Vaccine operations Central Provinces & Berar 1922-1929 - 1922-1929
Year: 1922
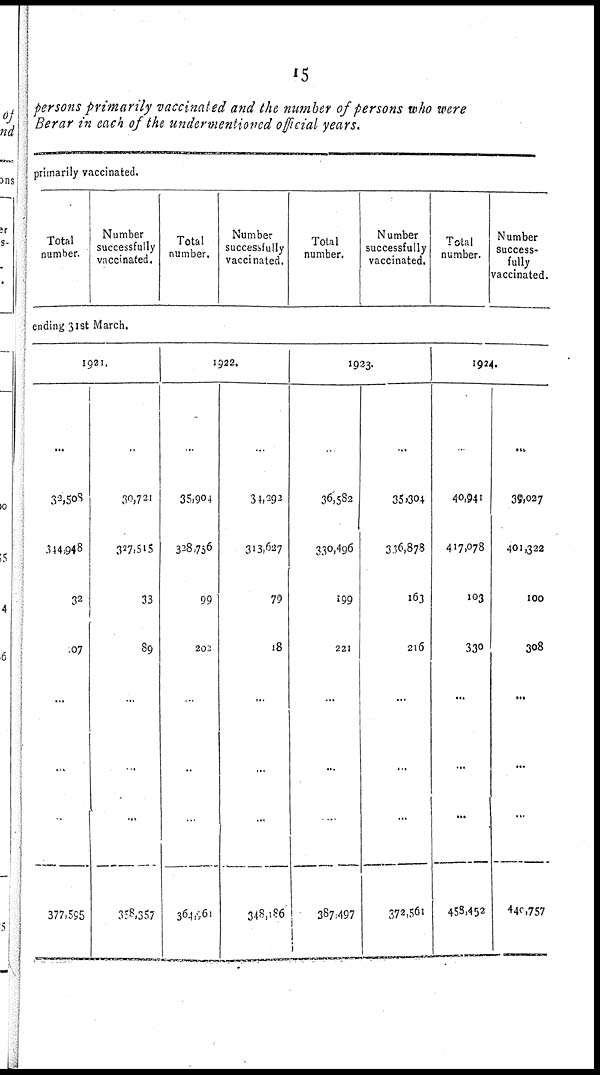
15
persons primarily vaccinated and the number of persons who were
Berar in each of the undermentioned official years.
primarily vaccinated.
Total
number.
Number
successfully
vaccinated.
Total
number.
Number
successfully
vaccinated.
Total
number.
Number
successfully
vaccinated.
Total
number.
Number
success-
fully
vaccinated.
ending 31st March.
1921.
...
32,508
344,948
32
07
...
...
.
377,595
...
30,721
327,515
33
89
...
.
...
358,357
1922.
..
35,904
328,756
99
202
...
..
...
364,961
..
34,292
313,637
79
18
...
...
...
348,186
1923.
36,582
330,496
199
221
...
...
.
387,497
...
35,304
336,878
163
216
...
...
...
372,561
1924.
.
40,941
417,078
103
330
...
...
...
458,452
...
39,027
401,322
100
308
...
...
...
440,757